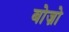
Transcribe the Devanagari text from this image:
बोज़ो